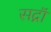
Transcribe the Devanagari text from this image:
सद्नॉ